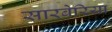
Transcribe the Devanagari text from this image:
सारबेरिया